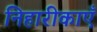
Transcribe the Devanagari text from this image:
निहारीकाएँ